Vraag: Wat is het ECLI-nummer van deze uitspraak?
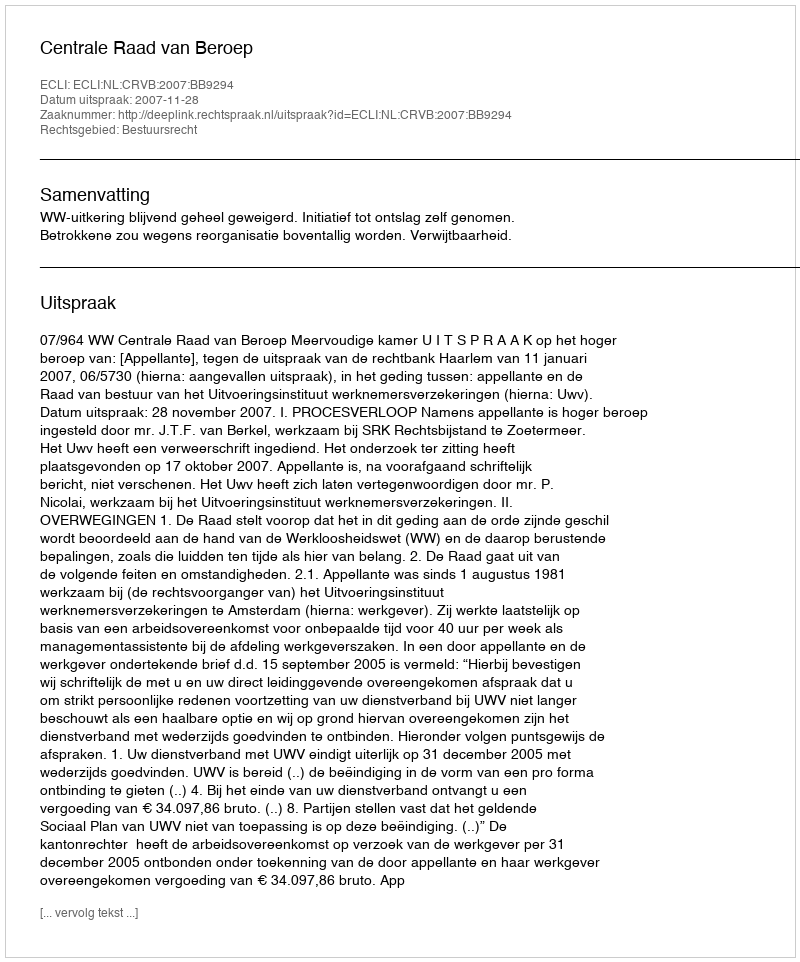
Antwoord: ECLI:NL:CRVB:2007:BB9294